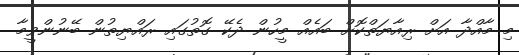
މި މާއްދާ އަށް ރިއާޔަތްކޮށް ބައެއް މީހުން ދެކޭ ގޮތުގައި ރައްޔިތުން ބޭނުންވީމާ